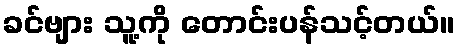
ခင်ဗျား သူ့ကို တောင်းပန်သင့်တယ်။